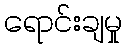
ရောင်းချမှု